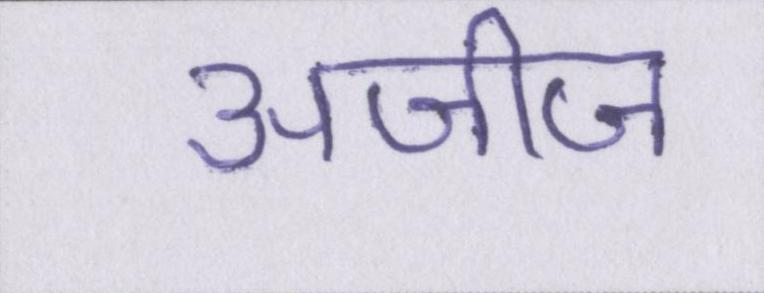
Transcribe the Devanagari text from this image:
अजीज